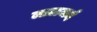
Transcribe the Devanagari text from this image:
लालजर्द